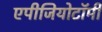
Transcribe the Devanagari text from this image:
एपीजियोटॉमी